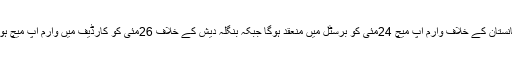
افغانستان کے خلاف وارم اپ میچ 24مئی کو برسٹل میں منعقد ہوگا جبکہ بنگلہ دیش کے خلاف 26مئی کو کارڈیف میں وارم اپ میچ ہوگا۔